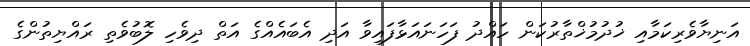
އަނިޔާވެރިކަމާއި ޚުދުމުޚްތާރުކަން ހައްދު ފަހަނައަޅާފައިވާ އަދި އެބައެއްގެ އަތް ދިވެހި ލޮބުވެތި ރައްޔިތުންގެ